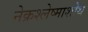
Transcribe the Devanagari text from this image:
नेक्रश्लेष्माशोथ